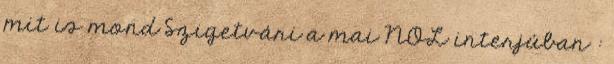
mit is mond Szigetvári a mai NOL interjúban :